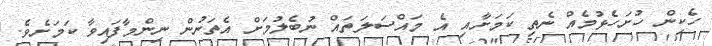
ހެކިން ހުށަހެޅުމެއް ނެތި ކަމަށާއި އެ މައްސަލަތައް ނުބެލުމަށް އެތަނުން ނިންމާފައިވާ ކަމަށެވެ.